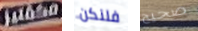
مكفتيز فلنكن صحيح